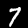
Digit: 7